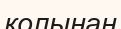
колынан